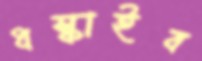
ধস্‌কাইব